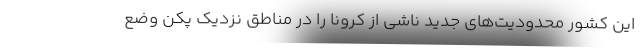
این کشور محدودیت‌های جدید ناشی از کرونا را در مناطق نزدیک پکن وضع